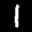
Label: 1